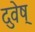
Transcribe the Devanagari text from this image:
दुवेष्